Indian journal of veterinary science and animal husbandry - Volumes 22-23, 1952-1953
Year: 1952
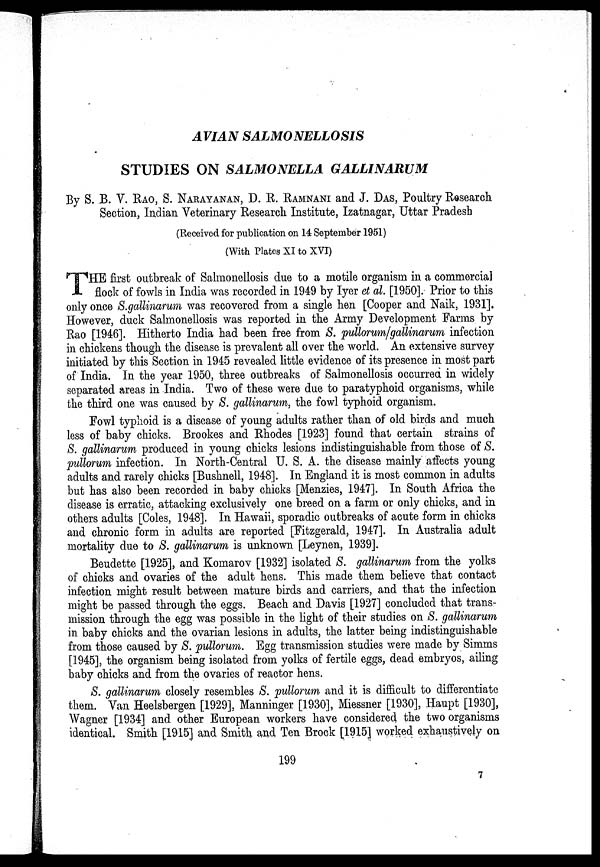
AVIAN
SALMONELLOSIS
STUDIES ON SALMONELLA
GALLINARUM
By S. B. V. RAO, S. NARAYAN, D. R. RAMNANI and J. DAS, Poultry Research
Section, Indian Veterinary Research Institute, Izatnagar, Uttar Pradesh
(Received for publication on 14 September 1951)
(With Plates XI to XVI)
T HE first outbreak of Salmonellosis due to a motile organism in a commercial
flock of fowls in India was recorded in 1949 by Iyer et al. [1950]. Prior to this
only once S.gallinarum was recovered from a single hen [Cooper and Naik, 1931].
However, duck Salmonellosis was reported in the Army Development Farms by
Rao [1946]. Hitherto India had been free from S. pullorum/gallinarum infection
in chickens though the disease is prevalent all over the world. An extensive survey
initiated by this Section in 1945 revealed little evidence of its presence in most part
of India. In the year 1950, three outbreaks of Salmonellosis occurred in widely
separated areas in India. Two of these were due to paratyphoid organisms, while
the third one was caused by S. gallinarum, the fowl typhoid organism.
Fowl typhoid is a disease of young adults rather than of old birds and much
less of baby chicks. Brookes and Rhodes [1923] found that certain strains of
S. gallinarum produced in young chicks lesions indistinguishable from those of S.
pullorum infection. In North-Central U. S. A. the disease mainly affects young
adults and rarely chicks [Bushnell, 1948]. In England it is most common in adults
but has also been recorded in baby chicks [Menzies, 1947]. In South Africa the
disease is erratic, attacking exclusively one breed on a farm or only chicks, and in
others adults [Coles, 1948]. In Hawaii, sporadic outbreaks of acute form in chicks
and chronic form in adults are reported [Fitzgerald, 1947]. In Australia adult
mortality due to S. gallinarum is unknown [Leynen, 1939].
Beudette [1925], and Komarov [1932] isolated S. gallinarum from the yolks
of chicks and ovaries of the adult hens. This made them believe that contact
infection might result between mature birds and carriers, and that the infection
might be passed through the eggs. Beach and Davis [1927] concluded that trans-
mission through the egg was possible in the light of their studies on S. gallinarum
in baby chicks and the ovarian lesions in adults, the latter being indistinguishable
from those caused by S. pullorum. Egg transmission studies were made by Simms
[1945], the organism being isolated from yolks of fertile eggs, dead embryos, ailing
baby chicks and from the ovaries of reactor hens.
S. gallinarum closely resembles S. pullorum and it is difficult to differentiate
them. Van Heelsbergen [1929], Manninger [1930], Miessner [1930], Haupt [1930],
Wagner [1934] and other European workers have considered the two organisms
identical. Smith [1915] and Smith and Ten Brock [1915] worked exhaustively on
199
7